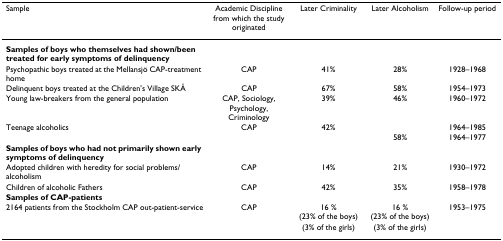
<table><thead><tr><td><b>Sample</b></td><td><b>Academic Discipline from which the study originated</b></td><td><b>Later Criminality</b></td><td><b>Later Alcoholism</b></td><td><b>Follow-up period</b></td></tr></thead><tbody><tr><td><b>Samples of boys who themselves had shown/been treated for early symptoms of delinquency</b></td><td></td><td></td><td></td><td></td></tr><tr><td>Psychopathic boys treated at the Mellansjö CAP-treatment home</td><td>CAP</td><td>41%</td><td>28%</td><td>1928–1968</td></tr><tr><td>Delinquent boys treated at the Children&#x27;s Village SKÅ</td><td>CAP</td><td>67%</td><td>58%</td><td>1954–1973</td></tr><tr><td>Young law-breakers from the general population</td><td>CAP, Sociology, Psychology, Criminology</td><td>39%</td><td>46%</td><td>1960–1972</td></tr><tr><td>Teenage alcoholics</td><td>CAP</td><td>42%</td><td></td><td>1964–1985</td></tr><tr><td></td><td></td><td></td><td>58%</td><td>1964–1977</td></tr><tr><td><b>Samples of boys who had not primarily shown early symptoms of delinquency</b></td><td></td><td></td><td></td><td></td></tr><tr><td>Adopted children with heredity for social problems/alcoholism</td><td>CAP</td><td>14%</td><td>21%</td><td>1930–1972</td></tr><tr><td>Children of alcoholic Fathers</td><td>CAP</td><td>42%</td><td>35%</td><td>1958–1978</td></tr><tr><td><b>Samples of CAP-patients</b></td><td></td><td></td><td></td><td></td></tr><tr><td>2164 patients from the Stockholm CAP out-patient-service</td><td>CAP</td><td>16 % (23% of the boys)</td><td>16 % 23% of the boys)</td><td>1953–1975</td></tr><tr><td></td><td></td><td>(3% of the girls)</td><td>(3% of the girls)</td><td></td></tr></tbody></table>